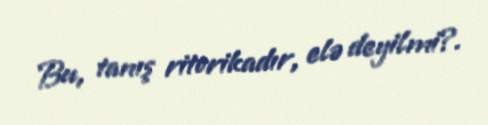
Bu, tanış ritorikadır, elə deyilmi?.